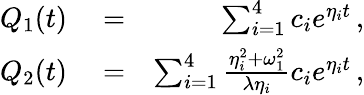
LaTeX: \begin{array}{rlr}{Q_{1}(t)}&{{}=}&{\sum_{i=1}^{4}c_{i}e^{\eta_{i}t}\, ,}\\ {Q_{2}(t)}&{{}=}&{\sum_{i=1}^{4}\frac{\eta_{i}^{2}+\omega_{1}^{2}}{\lambda\eta_{i}}c_{i}e^{\eta_{i}t}\, ,}\end{array}